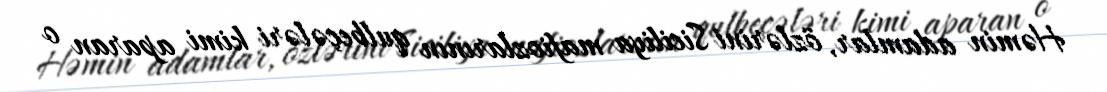
Həmin adamlar, özlərini Siciliya mafiozlarının qulbeçələri kimi aparan o